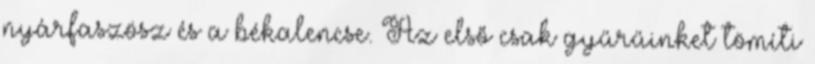
nyárfaszösz és a békalencse. Az első csak gyűrűinket tömíti